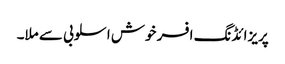
پریزائڈنگ افسر خوش اسلوبی سے ملا۔